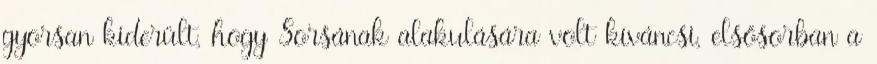
gyorsan kiderült, hogy Sorsának alakulására volt kíváncsi, elsősorban a